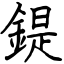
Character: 鍉